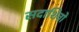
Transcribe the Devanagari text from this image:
सदाशिवो